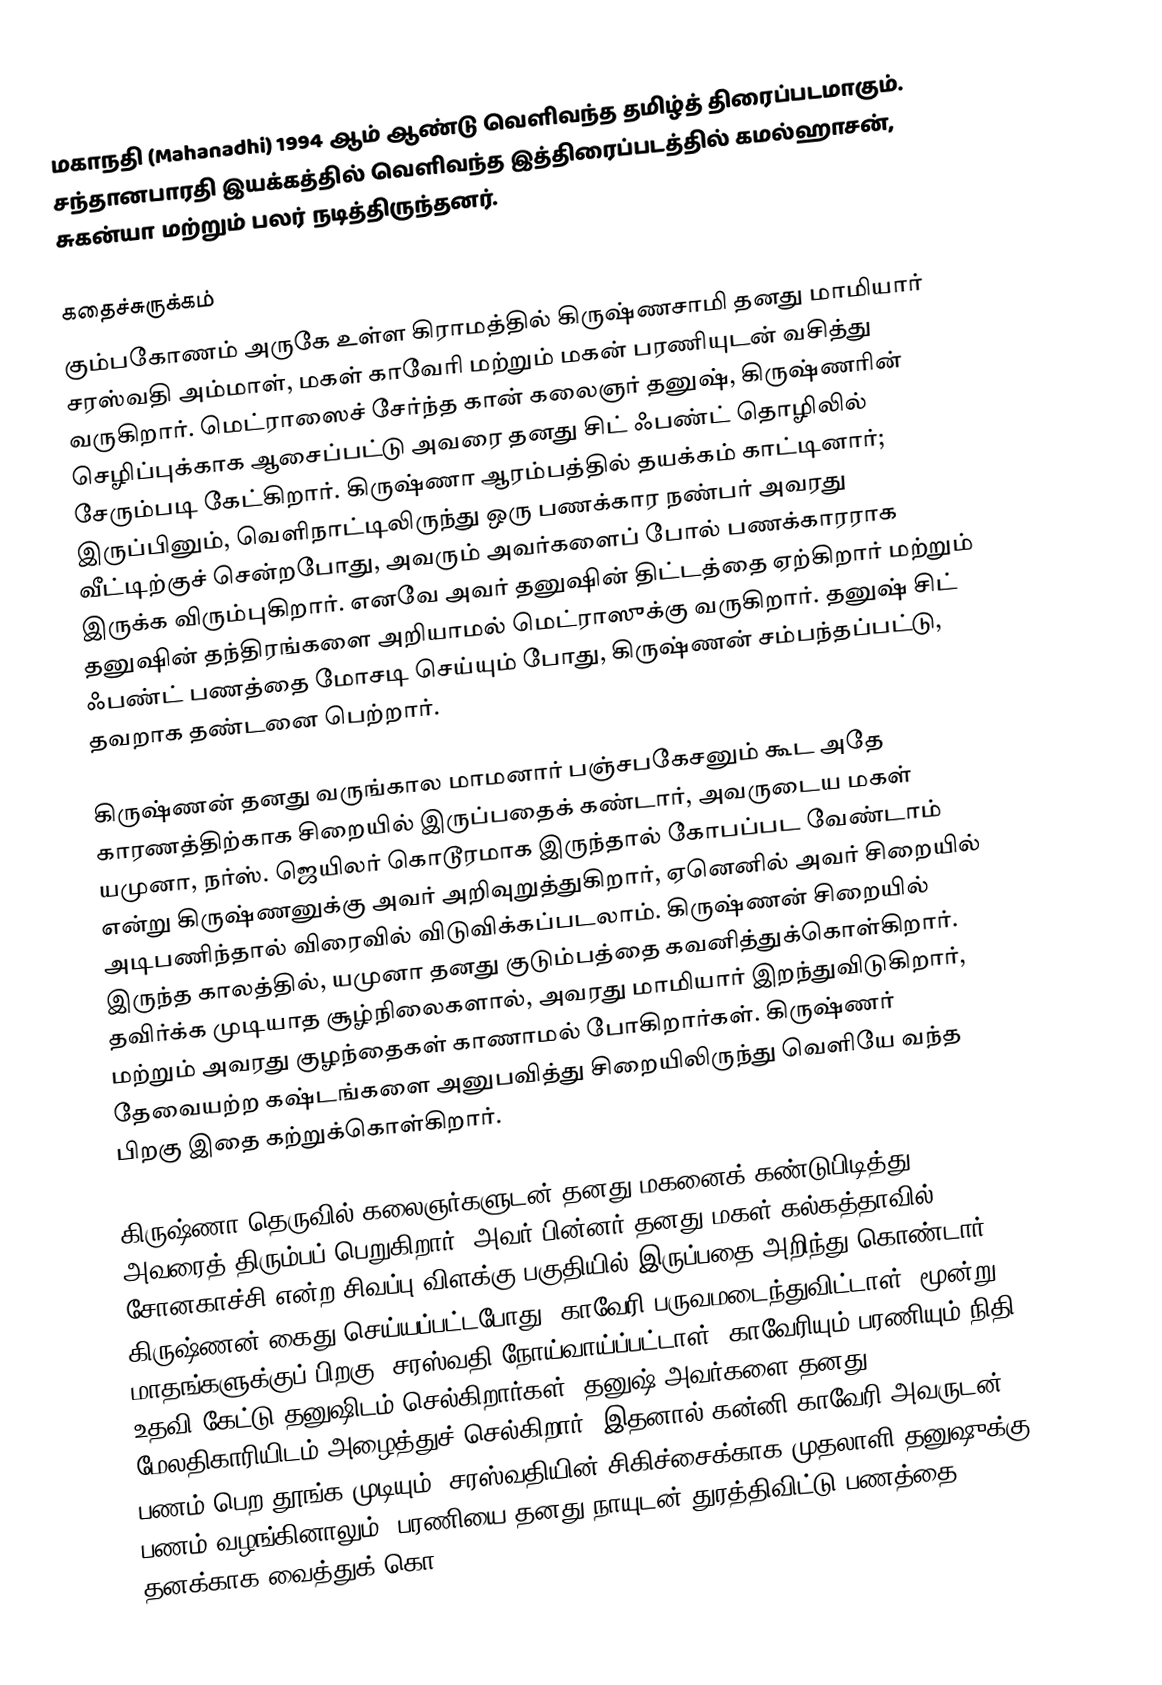
மகாநதி (Mahanadhi) 1994 ஆம் ஆண்டு வெளிவந்த தமிழ்த் திரைப்படமாகும். சந்தானபாரதி இயக்கத்தில் வெளிவந்த இத்திரைப்படத்தில் கமல்ஹாசன், சுகன்யா மற்றும் பலர் நடித்திருந்தனர்.

கதைச்சுருக்கம்
கும்பகோணம் அருகே உள்ள கிராமத்தில் கிருஷ்ணசாமி தனது மாமியார் சரஸ்வதி அம்மாள், மகள் காவேரி மற்றும் மகன் பரணியுடன் வசித்து வருகிறார்.  மெட்ராஸைச் சேர்ந்த கான் கலைஞர் தனுஷ், கிருஷ்ணரின் செழிப்புக்காக ஆசைப்பட்டு அவரை தனது சிட் ஃபண்ட் தொழிலில் சேரும்படி கேட்கிறார்.  கிருஷ்ணா ஆரம்பத்தில் தயக்கம் காட்டினார்;  இருப்பினும், வெளிநாட்டிலிருந்து ஒரு பணக்கார நண்பர் அவரது வீட்டிற்குச் சென்றபோது, அவரும் அவர்களைப் போல் பணக்காரராக இருக்க விரும்புகிறார்.  எனவே அவர் தனுஷின் திட்டத்தை ஏற்கிறார் மற்றும் தனுஷின் தந்திரங்களை அறியாமல் மெட்ராஸுக்கு வருகிறார்.  தனுஷ் சிட் ஃபண்ட் பணத்தை மோசடி செய்யும் போது, கிருஷ்ணன் சம்பந்தப்பட்டு, தவறாக தண்டனை பெற்றார்.

கிருஷ்ணன் தனது வருங்கால மாமனார் பஞ்சபகேசனும் கூட அதே காரணத்திற்காக சிறையில் இருப்பதைக் கண்டார், அவருடைய மகள் யமுனா, நர்ஸ்.  ஜெயிலர் கொடூரமாக இருந்தால் கோபப்பட வேண்டாம் என்று கிருஷ்ணனுக்கு அவர் அறிவுறுத்துகிறார், ஏனெனில் அவர் சிறையில் அடிபணிந்தால் விரைவில் விடுவிக்கப்படலாம்.  கிருஷ்ணன் சிறையில் இருந்த காலத்தில், யமுனா தனது குடும்பத்தை கவனித்துக்கொள்கிறார்.  தவிர்க்க முடியாத சூழ்நிலைகளால், அவரது மாமியார் இறந்துவிடுகிறார், மற்றும் அவரது குழந்தைகள் காணாமல் போகிறார்கள்.  கிருஷ்ணர் தேவையற்ற கஷ்டங்களை அனுபவித்து சிறையிலிருந்து வெளியே வந்த பிறகு இதை கற்றுக்கொள்கிறார்.

கிருஷ்ணா தெருவில் கலைஞர்களுடன் தனது மகனைக் கண்டுபிடித்து அவரைத் திரும்பப் பெறுகிறார்.  அவர் பின்னர் தனது மகள் கல்கத்தாவில், சோனகாச்சி என்ற சிவப்பு விளக்கு பகுதியில் இருப்பதை அறிந்து கொண்டார்.  கிருஷ்ணன் கைது செய்யப்பட்டபோது, காவேரி பருவமடைந்துவிட்டாள், மூன்று மாதங்களுக்குப் பிறகு, சரஸ்வதி நோய்வாய்ப்பட்டாள்.  காவேரியும் பரணியும் நிதி உதவி கேட்டு தனுஷிடம் செல்கிறார்கள்.  தனுஷ் அவர்களை தனது மேலதிகாரியிடம் அழைத்துச் செல்கிறார், இதனால் கன்னி காவேரி அவருடன் பணம் பெற தூங்க முடியும்.  சரஸ்வதியின் சிகிச்சைக்காக முதலாளி தனுஷுக்கு பணம் வழங்கினாலும், பரணியை தனது நாயுடன் துரத்திவிட்டு பணத்தை தனக்காக வைத்துக் கொ